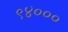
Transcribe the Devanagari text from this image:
९४०००